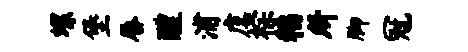
螺堡唇醴浦虞棕稻所脚冠